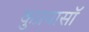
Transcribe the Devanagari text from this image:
कुप्रयासॉ